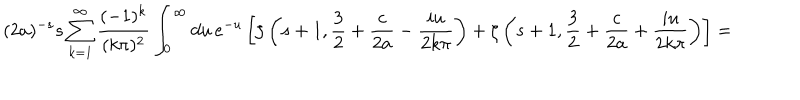
( 2 a ) ^ { - s } s \sum _ { k = 1 } ^ { \infty } \frac { ( - 1 ) ^ { k } } { ( k \pi ) ^ { 2 } } \int _ { 0 } ^ { \infty } d u \, e ^ { - u } \left[ \zeta \left( s + 1 , \frac 3 2 + \frac { c } { 2 a } - \frac { i u } { 2 k \pi } \right) + \zeta \left( s + 1 , \frac 3 2 + \frac { c } { 2 a } + \frac { i u } { 2 k \pi } \right) \right] =